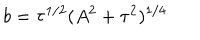
LaTeX: b = \tau ^ { 1 / 2 } ( A ^ { 2 } + \tau ^ { 2 } ) ^ { 1 / 4 }